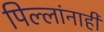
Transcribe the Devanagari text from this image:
पिल्लांनाही